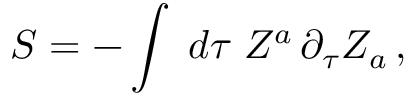
S = - \int \; d \tau \; { \cal Z } ^ { a } \, \partial _ { \tau } { \cal Z } _ { a } \, ,